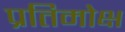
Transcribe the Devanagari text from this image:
प्रतिमोक्ष